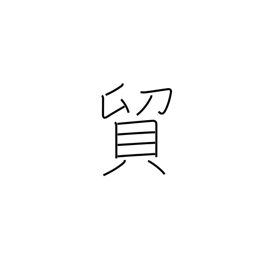
Meaning: exchange